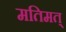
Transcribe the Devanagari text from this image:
मतिमत्‌